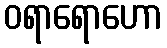
ဝရာရောဟော